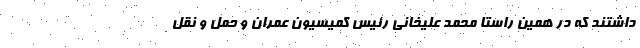
داشتند که در همین راستا محمد علیخانی رئیس کمیسیون عمران و حمل و نقل